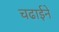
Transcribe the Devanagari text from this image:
चढाईने